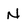
Character: N